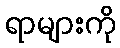
ရာများကို